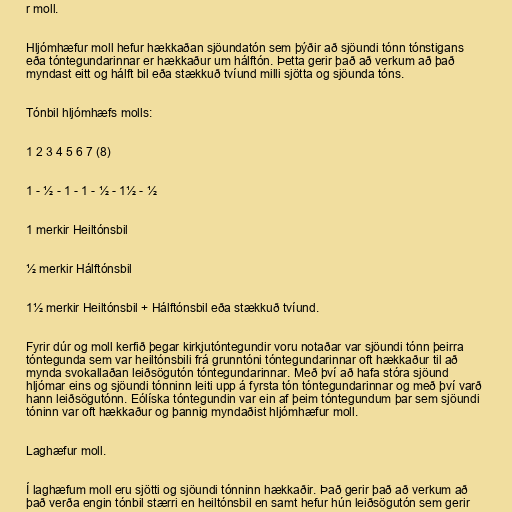
r moll.

Hljómhæfur moll hefur hækkaðan sjöundatón sem þýðir að sjöundi tónn tónstigans
eða tóntegundarinnar er hækkaður um hálftón. Þetta gerir það að verkum að það
myndast eitt og hálft bil eða stækkuð tvíund milli sjötta og sjöunda tóns.

Tónbil hljómhæfs molls:

1 2 3 4 5 6 7 (8)

1 - ½ - 1 - 1 - ½ - 1½ - ½

1 merkir Heiltónsbil

½ merkir Hálftónsbil

1½ merkir Heiltónsbil + Hálftónsbil eða stækkuð tvíund.

Fyrir dúr og moll kerfið þegar kirkjutóntegundir voru notaðar var sjöundi tónn þeirra
tóntegunda sem var heiltónsbili frá grunntóni tóntegundarinnar oft hækkaður til að
mynda svokallaðan leiðsögutón tóntegundarinnar. Með því að hafa stóra sjöund
hljómar eins og sjöundi tónninn leiti upp á fyrsta tón tóntegundarinnar og með því varð
hann leiðsögutónn. Eólíska tóntegundin var ein af þeim tóntegundum þar sem sjöundi
tóninn var oft hækkaður og þannig myndaðist hljómhæfur moll.

Laghæfur moll.

Í laghæfum moll eru sjötti og sjöundi tónninn hækkaðir. Það gerir það að verkum að
það verða engin tónbil stærri en heiltónsbil en samt hefur hún leiðsögutón sem gerir